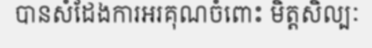
បានសំដែងការអរគុណចំពោះ មិត្តសិល្បៈ